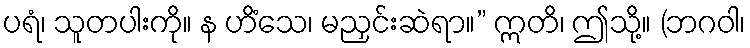
ပရံ၊ သူတပါးကို။ န ဟိံသေ၊ မညှင်းဆဲရာ။” ဣတိ၊ ဤသို့။ (ဘဂဝါ၊